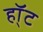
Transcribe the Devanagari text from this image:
हॉ्ट